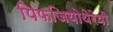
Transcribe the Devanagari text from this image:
पिफजियोथेरेपी